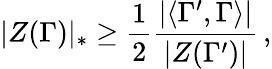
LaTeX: |Z(\Gamma)|_{*}\geq\frac{1}{2}\frac{|\langle\Gamma^{\prime},\Gamma\rangle|}{|Z(\Gamma^{\prime})|}\, ,